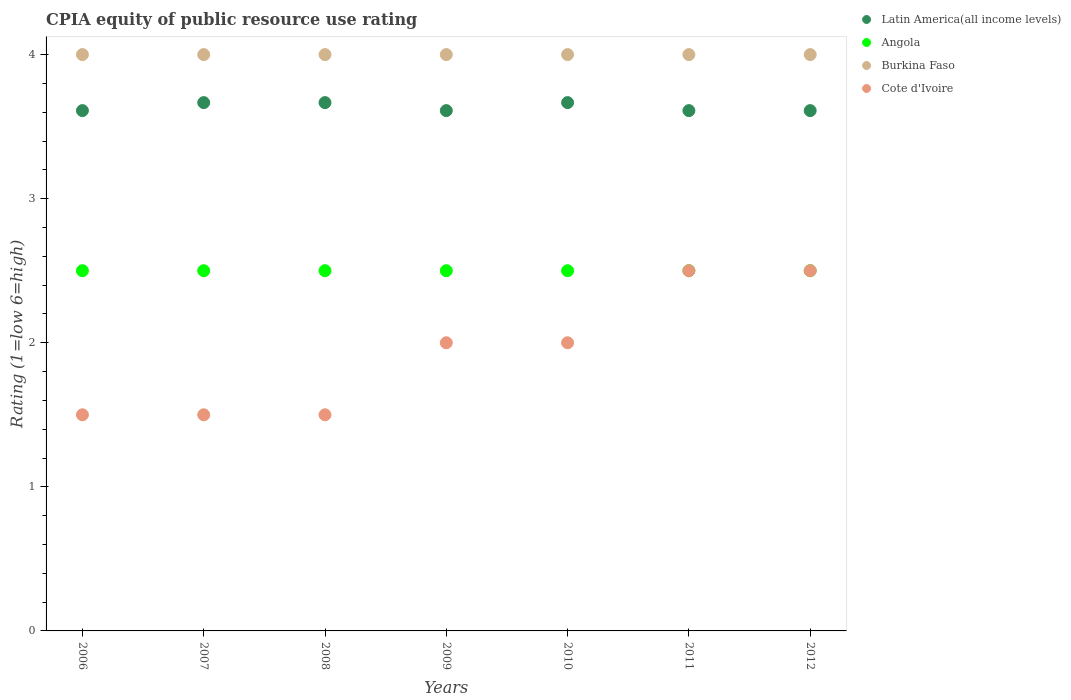
| Years | Latin America(all income levels) | Angola | Burkina Faso | Cote d'Ivoire |
 | --- | --- | --- | --- | --- |
 | 2006 | 3.61 | 2.5 | 4 | 1.5 |
 | 2007 | 3.67 | 2.5 | 4 | 1.5 |
 | 2008 | 3.67 | 2.5 | 4 | 1.5 |
 | 2009 | 3.61 | 2.5 | 4 | 2 |
 | 2010 | 3.67 | 2.5 | 4 | 2 |
 | 2011 | 3.61 | 2.5 | 4 | 2.5 |
 | 2012 | 3.61 | 2.5 | 4 | 2.5 |